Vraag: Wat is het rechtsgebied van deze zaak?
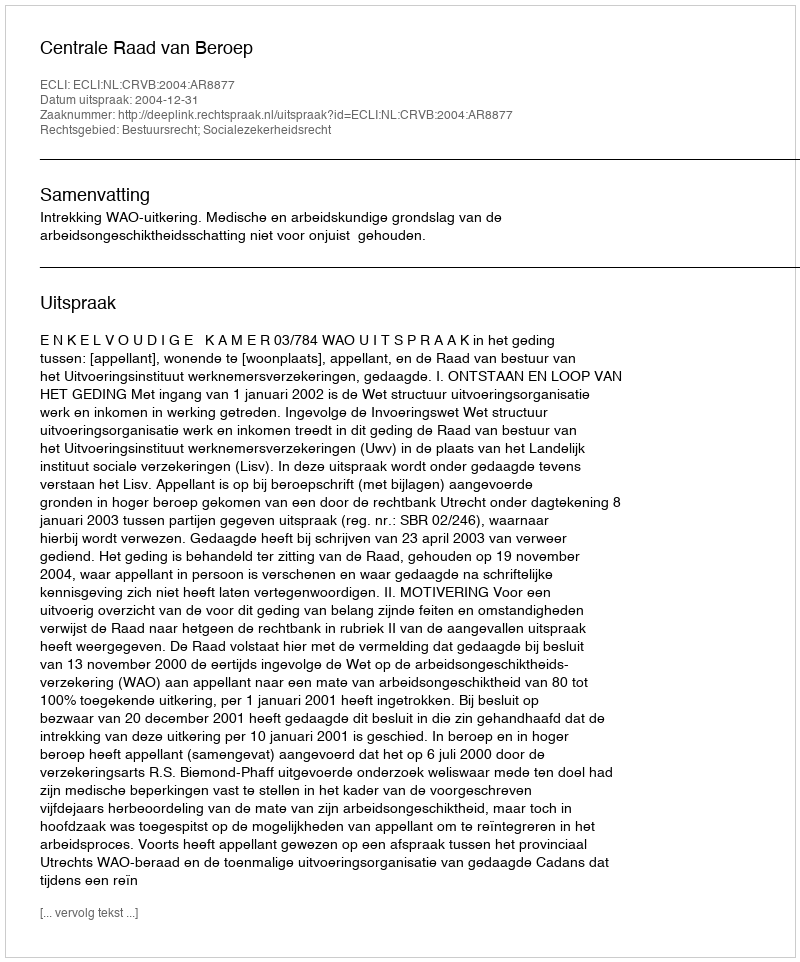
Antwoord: Bestuursrecht; Socialezekerheidsrecht